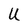
Character: U